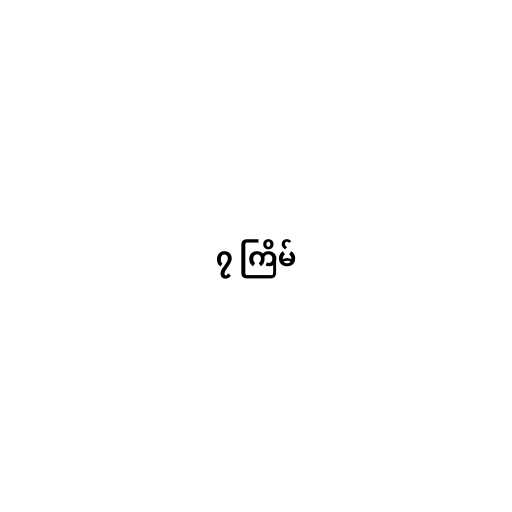
၇ ကြိမ်